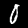
Label: 0